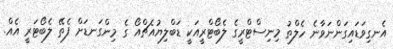
އެނގިވަޑައިގަންނަވާނެ ހެލްތު މިނިސްޓްރީގެ ލެބޯޓްރީއަކީ ޑަބްލިޔުއެޗްއޯ ގެ މިންގަނޑަށް ފެތޭ ލެބޯޓަރީ އެއް.